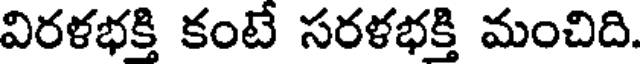
విరళభక్తి కంటే సరళభక్తి మంచిది.